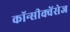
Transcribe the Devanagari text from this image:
कॉन्सीक्वेंसेज